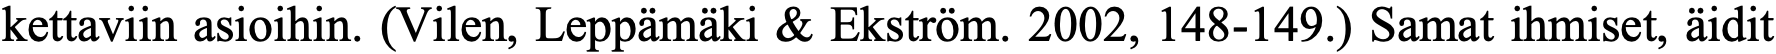
kettaviin asioihin. (Vilen, Leppämäki & Ekström. 2002, 148-149.) Samat ihmiset, äidit